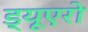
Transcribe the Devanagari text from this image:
ड्यूएरो